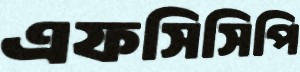
এফসিসিপি